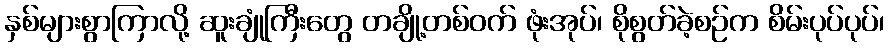
နှစ်များစွာကြာလို့ ဆူးချုံကြီးတွေ တချို့တစ်ဝက် ဖုံးအုပ်၊ စိုစွတ်ခဲ့စဉ်က စိမ်းပုပ်ပုပ်၊